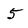
Character: 5